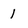
Character: 1